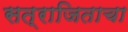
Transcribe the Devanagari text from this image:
सत्राजिताचा